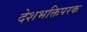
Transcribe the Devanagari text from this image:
देशभक्तिपरक